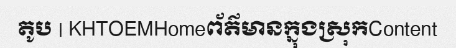
តូប | KHTOEMHomeព័ត៌មានក្នុងស្រុកContent